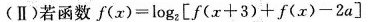
(Ⅱ)若函数$$f ( x ) = log _ { 2 } [ f ( x + 3 ) + f（ x ）- 2 a ]$$